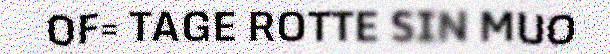
OF= TAGE ROTTE SIN MUO